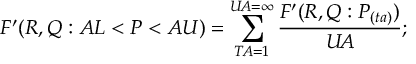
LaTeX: F ^ { \prime } ( R , Q : A L < P < A U ) = \sum _ { T \! A = 1 } ^ { U \! A = \infty } { \frac { F ^ { \prime } ( R , Q : P _ { ( t a ) } ) } { U \! A } } ; \,